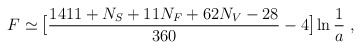
\begin{align*}F \simeq \mbox{\large[}{{1411 + N_S + 11 N_F + 62 N_V - 28} \over {360}} - 4\mbox{\large]} \ln{{1 \over a}} \; , \end{align*}